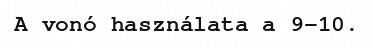
A vonó használata a 9–10.